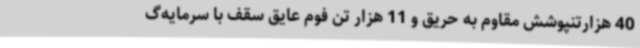
40 هزارتنپوشش مقاوم به حریق و 11 هزار تن فوم عایق سقف با سرمایه‌گ